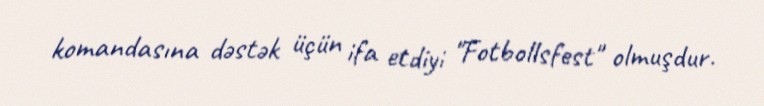
komandasına dəstək üçün ifa etdiyi "Fotbollsfest" olmuşdur.